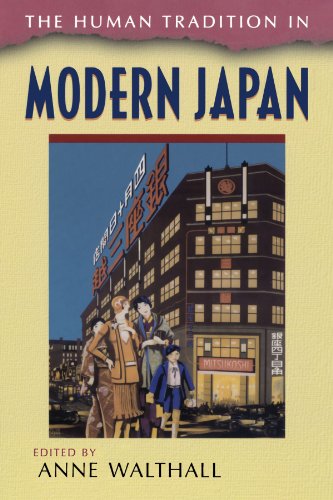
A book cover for The Human Tradition in Modern Japan (The Human Tradition around the World series); Anne Walthall; Biographies & Memoirs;